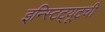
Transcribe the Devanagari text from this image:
इन्स्टिट्यूटची